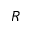
{ \cal R }